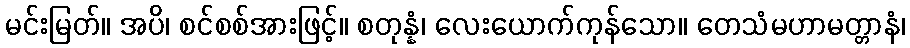
မင်းမြတ်။ အပိ၊ စင်စစ်အားဖြင့်။ စတုန္နံ၊ လေးယောက်ကုန်သော။ တေသံမဟာမတ္တာနံ၊